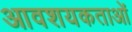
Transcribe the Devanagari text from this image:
आवशयकताओं